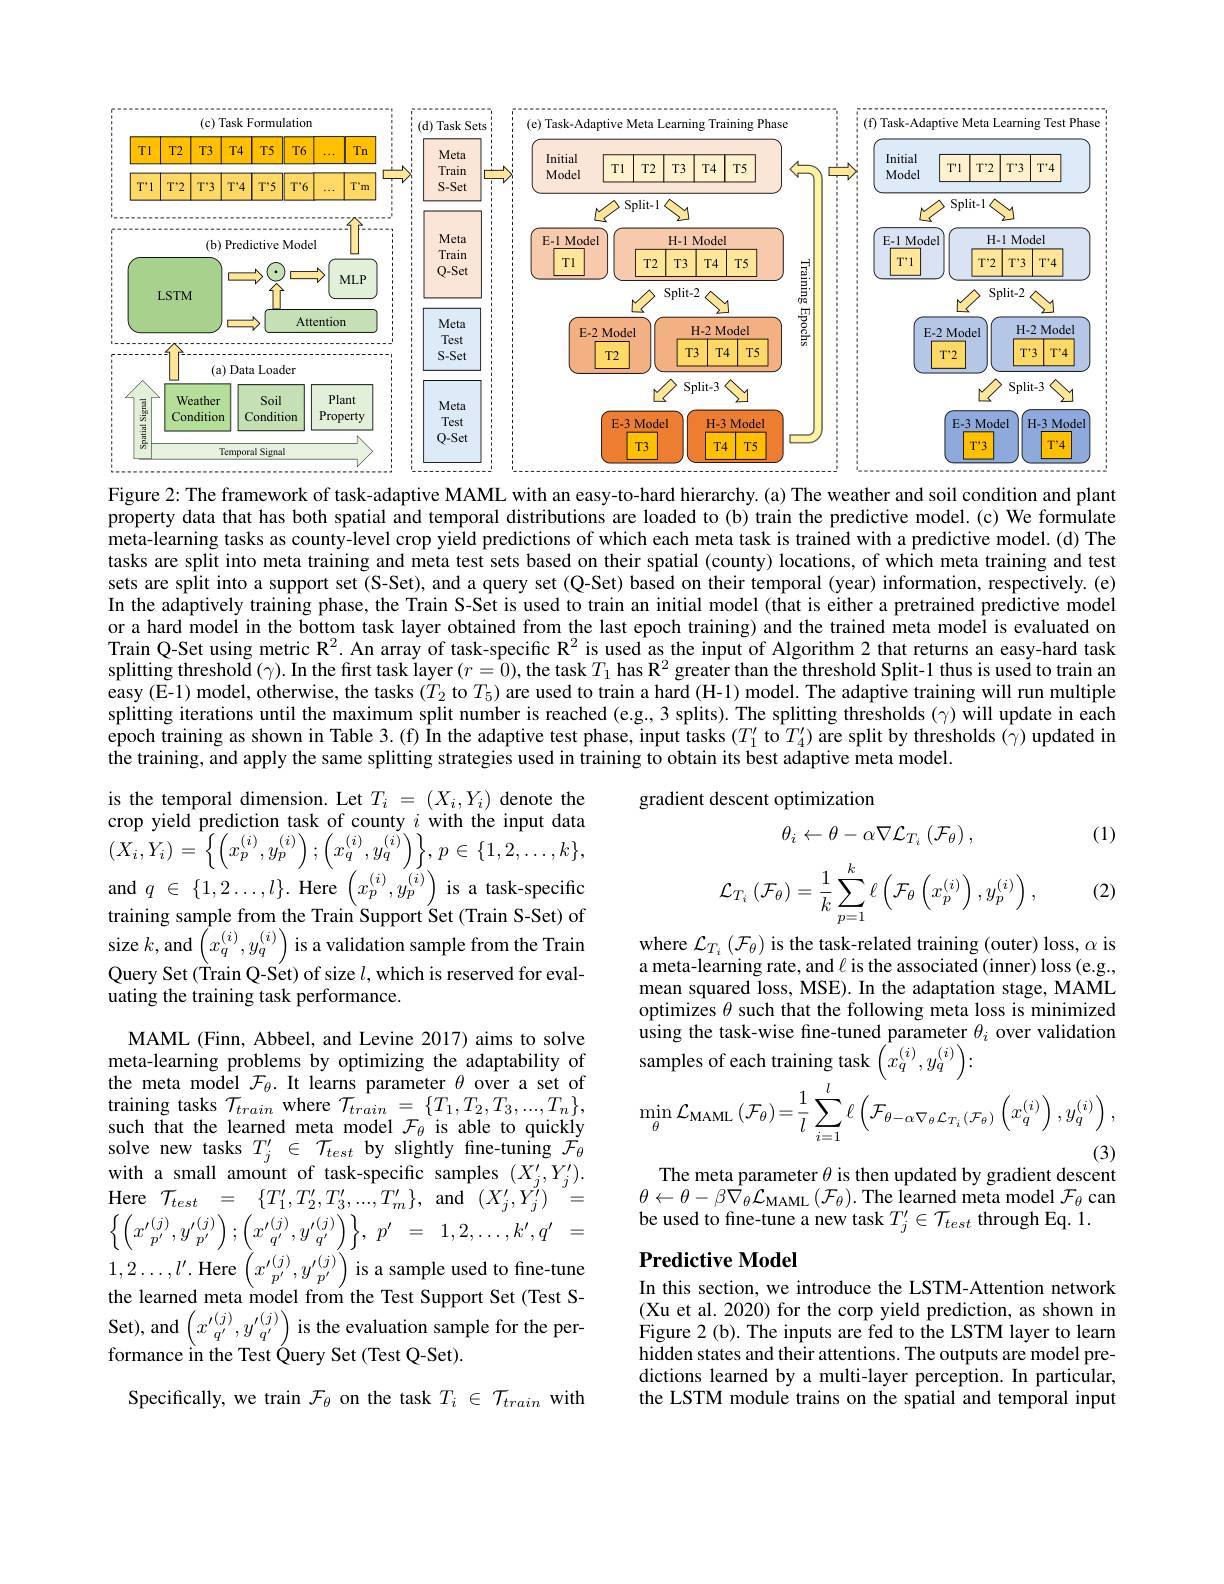
<FigureHere>
Figure 2: The framework of task-adaptive MAML with an easy-to-hard hierarchy. (a) The weather and soil condition and plant

property data that has both spatial and temporal distributions are loaded to (b) train the predictive model.(c) We formulate meta-learning tasks as county-level crop yield predictions of which each meta task is trained with a predictive model. (d) The tasks are split into meta training and meta test sets based on their spatial (county) locations, of which meta training and test sets are split into a support set (S-Set), and a query set (Q-Set) based on their temporal (year) information, respectively. (e) In the adaptively training phase, the Train S-Set is used to train an initial model (that is either a pretrained predictive model or a hard model in the bottom task layer obtained from the last epoch training) and the trained meta model is evaluated on Train Q-Set using metric $\mathbb{R}^2.$ An array of task-specific R$^{2}$ is used as the input of Algorithm 2 that returns an easy-hard task splitting threshol$\tilde{\mathrm{d}}\left(\gamma\right).$ In the first task layer $(r=0)$, the task $T_1$ has R$^2$ greater than the threshold Split- 1 thus is used to train ann easy (E-1) model, otherwise, the tasks ($T_2$ to $T_5)$ are used to train a hard (H-1) model. The adaptive training will run multiple splitting iterations until the maximum split number is reached (e.g.,3 splits). The splitting thresholds (γ) will update in each epoch training as shown in Table 3.(f) În the adaptive test phase, input tasks $( T_1^{\prime }$ to$T_4^{\prime })$ are split by thresholds $(\hat{\gamma})$ updated in the training, and apply the same splitting strategies used in training to obtain its best adaptive meta model.

gradient descent optimization
$$\theta_{i}\leftarrow\theta-\alpha\nabla\mathcal{L}_{T_{i}}\left(\mathcal{F}_{\theta}\right),$$
(1)
$$\mathcal{L}_{T_i}\left(\mathcal{F}_\theta\right)=\dfrac{1}{k}\sum_{p=1}^k\ell\left(\mathcal{F}_\theta\left(x_p^{(i)}\right),y_p^{(i)}\right),$$
(2)

is the temporal dimension. Let $T_i=(X_i,Y_i)$ denote the crop yield prediction task of county $i$ with the input data $(X_{i},Y_{i})=\left\{\left(x_{p}^{(i)},y_{p}^{(i)}\right);\left(x_{q}^{(i)},y_{q}^{(i)}\right)\right\},p\in\{1,2,\ldots,k\}$, and$q\in{\{1,2\ldots,l\}.\mathrm{Here}}\left(x_{p}^{(i)},y_{p}^{(i)}\right)$is a task-specific training sample from the Train Support Set (Train S-Set) of size $k$,and$\left(x_q^{(i)},y_q^{(i)}\right)$ is a validation sample from the Train Query Set(Train Q-Set) of size $l$,which is reserved for evaluating the training task performance.

$\begin{array}{l}\mathrm{where~}\mathcal{L}_{T_{i}}\left(\mathcal{F}_{\theta}\right)\mathrm{is~the~task-related~training~(outer)~loss,~\alpha~is}\\\mathrm{a~meta-learning~rate,~and~\ell~is~the~associated~(inner)~loss~(e.g.,}\end{array}$ mean squared loss, MSE). In the adaptation stage, MAML optimizes $\theta$ such that the following meta loss is minimized
$$\begin{aligned}&\mathrm{samples~of~each~training~task~}\left(x_{q}^{(i)},y_{q}^{(i)}\right):\\&\operatorname*{min}_{\theta}\mathcal{L}_{\mathrm{MAML}}\left(\mathcal{F}_{\theta}\right)=\frac{1}{l}\sum_{i=1}^{l}\ell\left(\mathcal{F}_{\theta-\alpha\nabla_{\theta}\mathcal{L}_{T_{i}}(\mathcal{F}_{\theta})}\left(x_{q}^{(i)}\right),y_{q}^{(i)}\right),\\\end{aligned}$$
The meta parameter $\theta$ is then updated by gradient descent

$\begin{array}{l}{\theta\leftarrow\theta-\beta\nabla_{\theta}\mathcal{L}_{\mathrm{MAML}}(\mathcal{F}_{\theta}).\text{The learned meta model}\mathcal{F}_{\theta}\mathrm{~can}}\\{\text{be used to fine-tune a new task}T_{j}^{\prime}\in\mathcal{T}_{test}\mathrm{~through~Eq.~1.}}\end{array}$

MAML (Finn, Abbeel, and Levine 2017) aims to solve meta-learning problems by optimizing the adaptability of the meta model $\mathcal{F}_\theta.$ It learns parameter $\theta$ over a set of training tasks $\mathcal{T}_{train}$ where $\mathcal{T}_train=\{T_1,T_2,T_3,...,T_n\}$, such that the learned meta model $\mathcal{F}_\theta$ is able to quickly solve new tasks $T_{j}^{\prime}\in{\mathcal{T}}_{test}$ by slightly fine-tuning ${\mathcal{F}}_{\theta}$ with a small amount of task-specific samples $(X_j^{\prime},Y_j^{\prime}).$ $\begin{array}{rcl}{\mathrm{Here~}\mathcal{T}_{test}}&{=}&{\{T_{1}^{\prime},T_{2}^{\prime},T_{3}^{\prime},...,T_{m}^{\prime}\},\mathrm{and}}&{(X_{j}^{\prime},Y_{j}^{\prime})}\end{array}^{\prime}=$ $\left \{ \left ( x_{p^{\prime }}^{( j) }, y_{p^{\prime }}^{( j) }\right ) ; \left ( x_{q^{\prime }}^{( j) }, y_{q^{\prime }}^{( j) }\right ) \right \} $, $p^{\prime }$ = $1, 2, \ldots , k^{\prime }, q^{\prime }$ = $1,2\ldots,l^{\prime}.$Here$\left(x_{p^{\prime}}^{(j)},y_{p^{\prime}}^{(j)}\right)$is a sample used to fine-tune the learned meta model from the Test Support Set (Test SSet), and$\left(x^{\prime(j)},y^{\prime(j)}\right)$is the evaluation sample for the performance in the Test Query Set (Test Q-Set).

### $\textbf{Predictive Model}$

In this section, we introduce the LSTM-Attention network (Xu et al. 2020) for the corp yield prediction, as shown in Figure 2 (b). The inputs are fed to the LSTM layer to learn hidden states and their attentions. The outputs are model predictions learned by a multi-layer perception. In particular, the LSTM module trains on the spatial and temporal input

Specifically, we train $\mathcal{F}_\theta$ on the task $T_i\in\mathcal{T}_train$ with